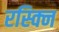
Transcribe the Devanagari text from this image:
रस्क्नि